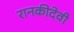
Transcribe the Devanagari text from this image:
रानकीदेवी